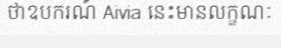
ថាឧបករណ៍ Aivia នេះមានលក្ខណៈ